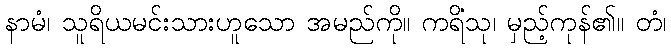
နာမံ၊ သူရိယမင်းသားဟူသော အမည်ကို။ ကရိံသု၊ မှည့်ကုန်၏။ တံ၊